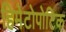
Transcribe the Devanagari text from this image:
हिमेटोपोटिक